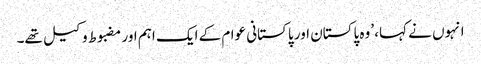
انہوں نے کہا، ’وہ پاکستان اور پاکستانی عوام کے ایک اہم اور مضبوط وکیل تھے۔